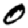
Digit: 0